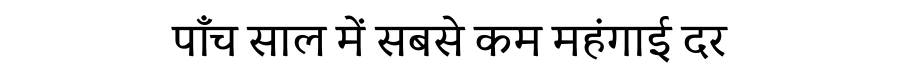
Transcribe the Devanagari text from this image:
पाँच साल में सबसे कम महंगाई दर